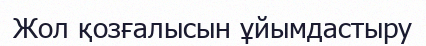
Жол қозғалысын ұйымдастыру